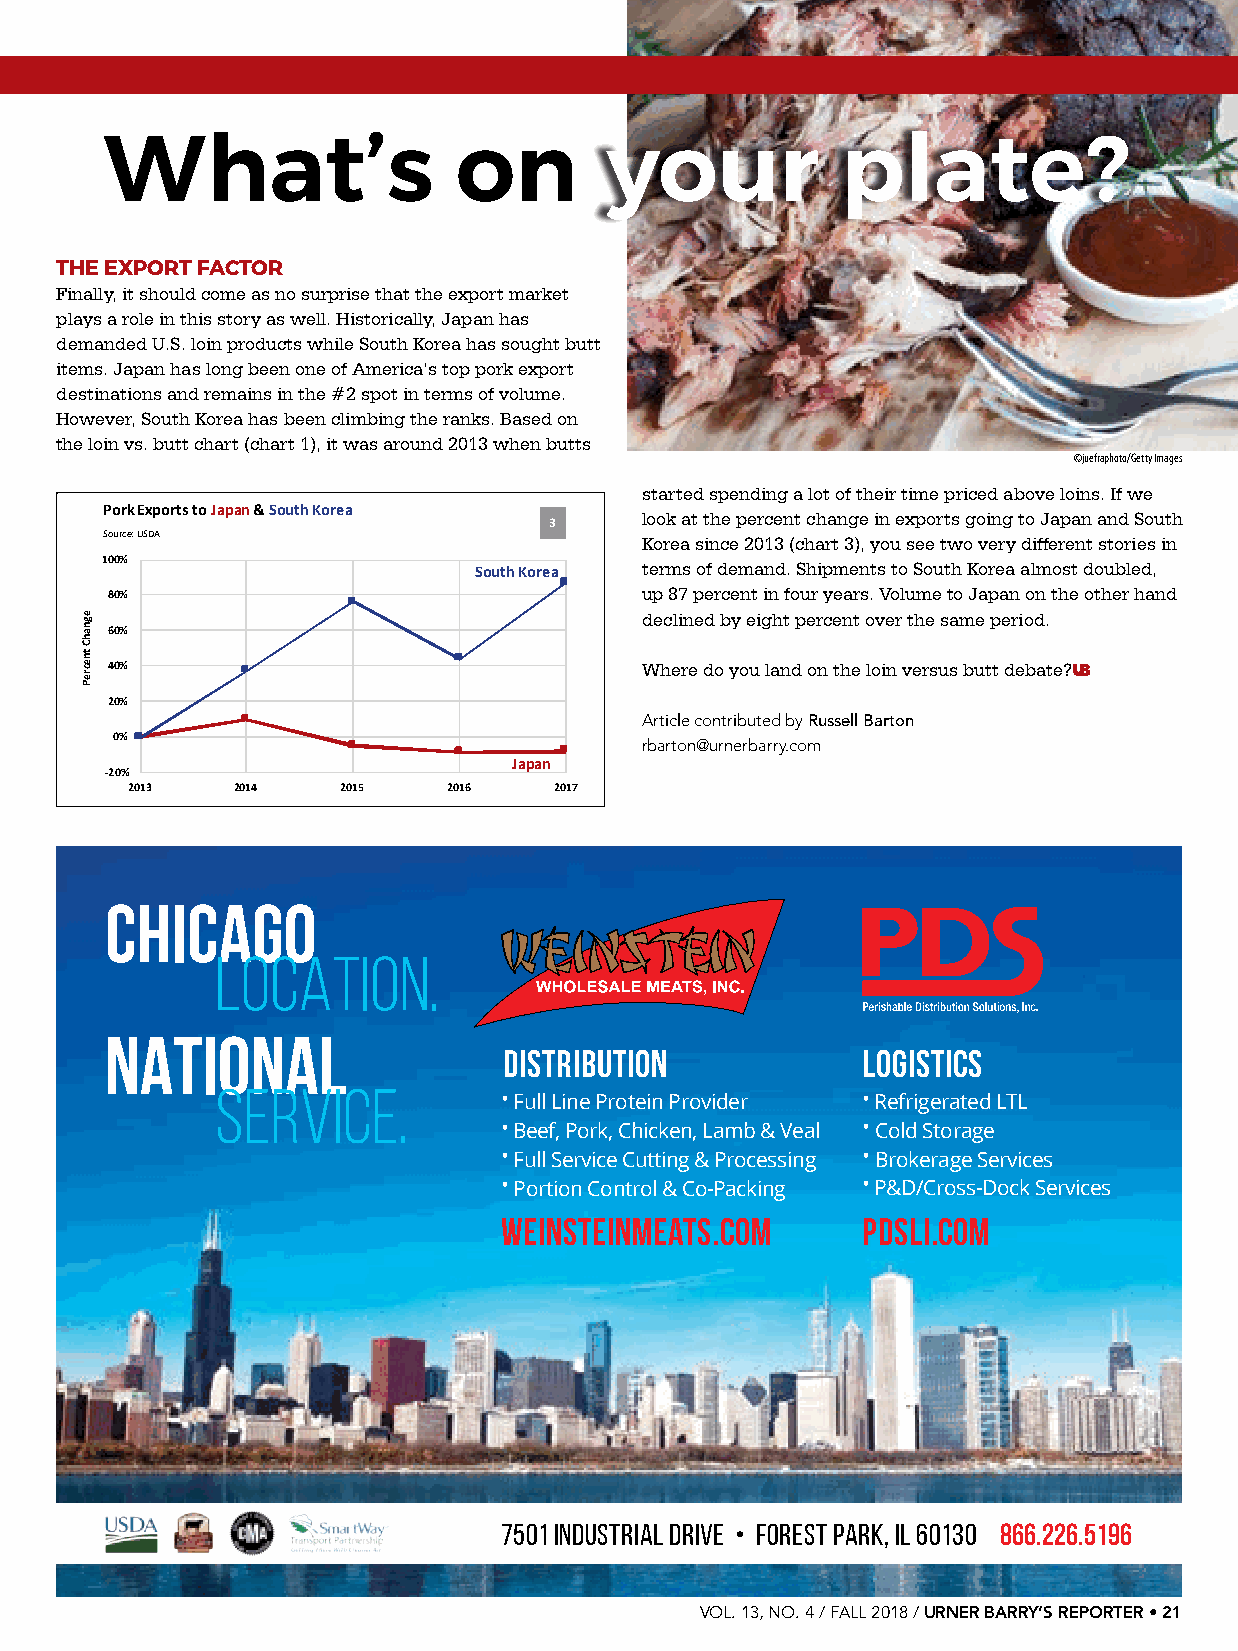
How do you like your pork?
 What’s                 on        your            plate?
 THE EXPORT FACTOR
 Finally, it should come as no surprise that the export market
 plays a role in this story as well. Historically, Japan has
 demanded U.S. loin products while South Korea has sought butt
 items. Japan has long been one of America’s top pork export
 destinations and remains in the #2 spot in terms of volume.
 However, South Korea has been climbing the ranks. Based on
 the loin vs. butt chart (chart 1), it was around 2013 when butts
 ©juefraphoto/Getty Images
 started spending a lot of their time priced above loins. If we
 Pork Exports to Japan& South Korea
 look at the percent change in exports going to Japan and South
 3
 Source:USDA                        Korea since 2013 (chart 3), you see two very different stories in
 100%
 South Korea terms of demand. Shipments to South Korea almost doubled,
 80%                                up 87 percent in four years. Volume to Japan on the other hand
 declined by eight percent over the same period.
 60%
 40%                                Where do you land on the loin versus butt debate?UB
 20%
 Article contributed by Russell Barton
 0%                                rbarton@urnerbarry.com
 Japan
 -20%
 2013   2014    2015   2016   2017
 CHICAGO
 LOCATION.
 NATIONAL
 Distribution            logistics
 Service.
 • Full Line Protein Provider • Refrigerated LTL
 • Beef, Pork, Chicken, Lamb & Veal • Cold Storage
 • Full Service Cutting & Processing • Brokerage Services
 • Portion Control & Co-Packing • P&D/Cross-Dock Services
 weinsteinmeats.com      pdsli.com
 7501 Industrial Drive • Forest Park, IL 60130 866.226.5196
 VOL. 13, NO. 4 / FALL 2018 / URNER BARRY’S REPORTER • 21
 egnahC
 tnecreP